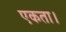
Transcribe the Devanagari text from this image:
एकता।